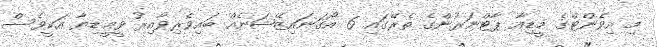
މި އިވެންޓްގެ މީޑިއާ ޕާޓްނަރުންގެ ތެރޭގައި 6 އޯގަނައިޒޭޝަނެއް ބައިވެރިވާއިރު ވީމީޑިޔާ އަކީވެސް